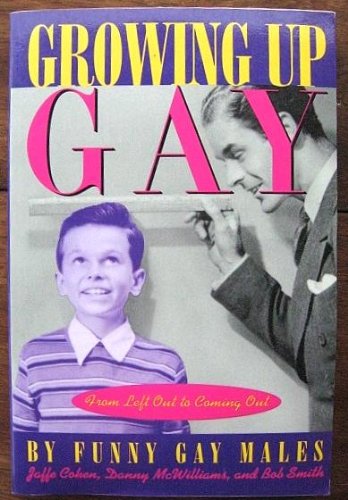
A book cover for Growing Up Gay: From Left Out to Coming Out; Funny Gay Males; Gay & Lesbian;